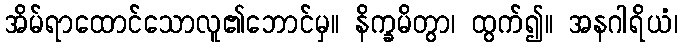
အိမ်ရာထောင်သောလူ၏ဘောင်မှ။ နိက္ခမိတွာ၊ ထွက်၍။ အနဂါရိယံ၊